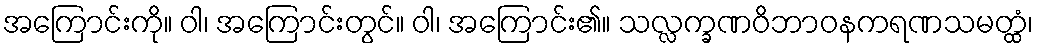
အကြောင်းကို။ ဝါ၊ အကြောင်းတွင်။ ဝါ၊ အကြောင်း၏။ သလ္လက္ခဏဝိဘာဝနကရဏသမတ္ထံ၊